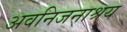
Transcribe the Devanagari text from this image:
अवनिजनाश्रय